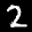
Label: 2